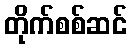
တိုက်စစ်ဆင်